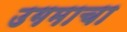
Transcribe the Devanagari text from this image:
उगमाचा